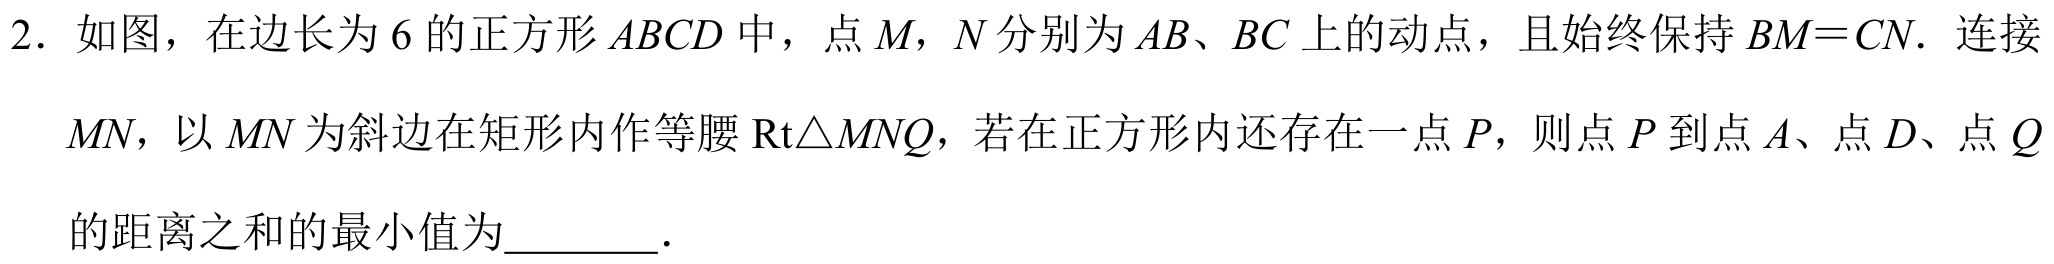
2. 如图，在边长为6的正方形\(ABCD\)中，点\(M\)，\(N\)分别为\(AB\)、\(BC\)上的动点，且始终保持\(BM = CN\). 连接\(MN\)，以\(MN\)为斜边在矩形内作等腰\(\text{Rt}\triangle MNQ\)，若在正方形内还存在一点\(P\)，则点\(P\)到点\(A\)、点\(D\)、点\(Q\)的距离之和的最小值为________.